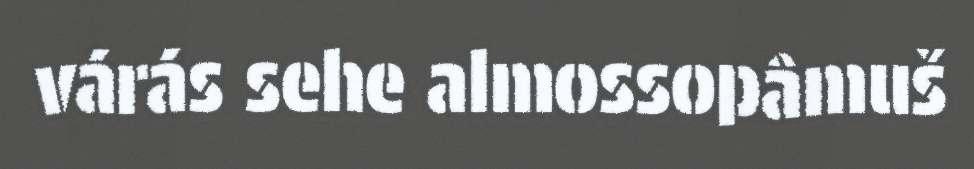
várás sehe almossopâmuš